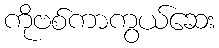
ကိုဗစ်ကာကွယ်ဆေး